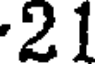
21